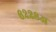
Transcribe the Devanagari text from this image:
६२२८अ